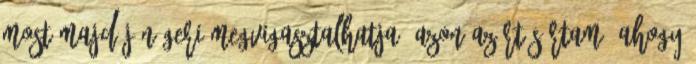
most majd jön Geri megvigasztalhatja. Azon azért sírtam, ahogy